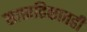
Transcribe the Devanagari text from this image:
साप्ताहिकातही